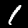
Label: 1